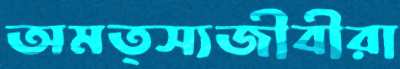
অমত্স্যজীবীরা